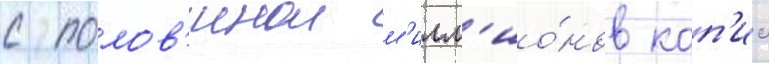
с полов'инои м'илл'ио́нов коп'ии